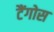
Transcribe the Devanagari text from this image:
टैंगोस